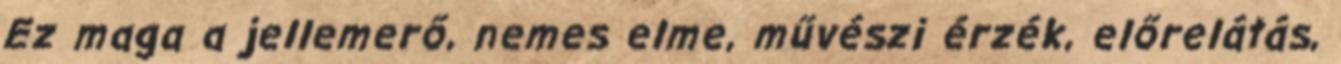
Ez maga a jellemerő, nemes elme, művészi érzék, előrelátás,